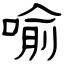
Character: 喻